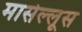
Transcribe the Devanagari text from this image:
मार्सेल्लूस